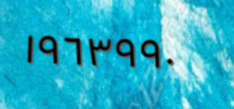
١٩٦٣٩٩٠